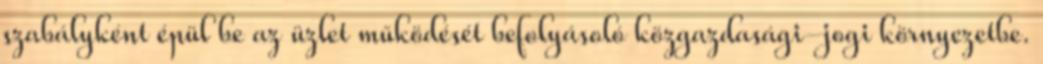
szabályként épül be az üzlet működését befolyásoló közgazdasági-jogi környezetbe.